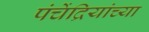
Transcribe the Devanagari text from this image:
पंचेंद्रियांच्या